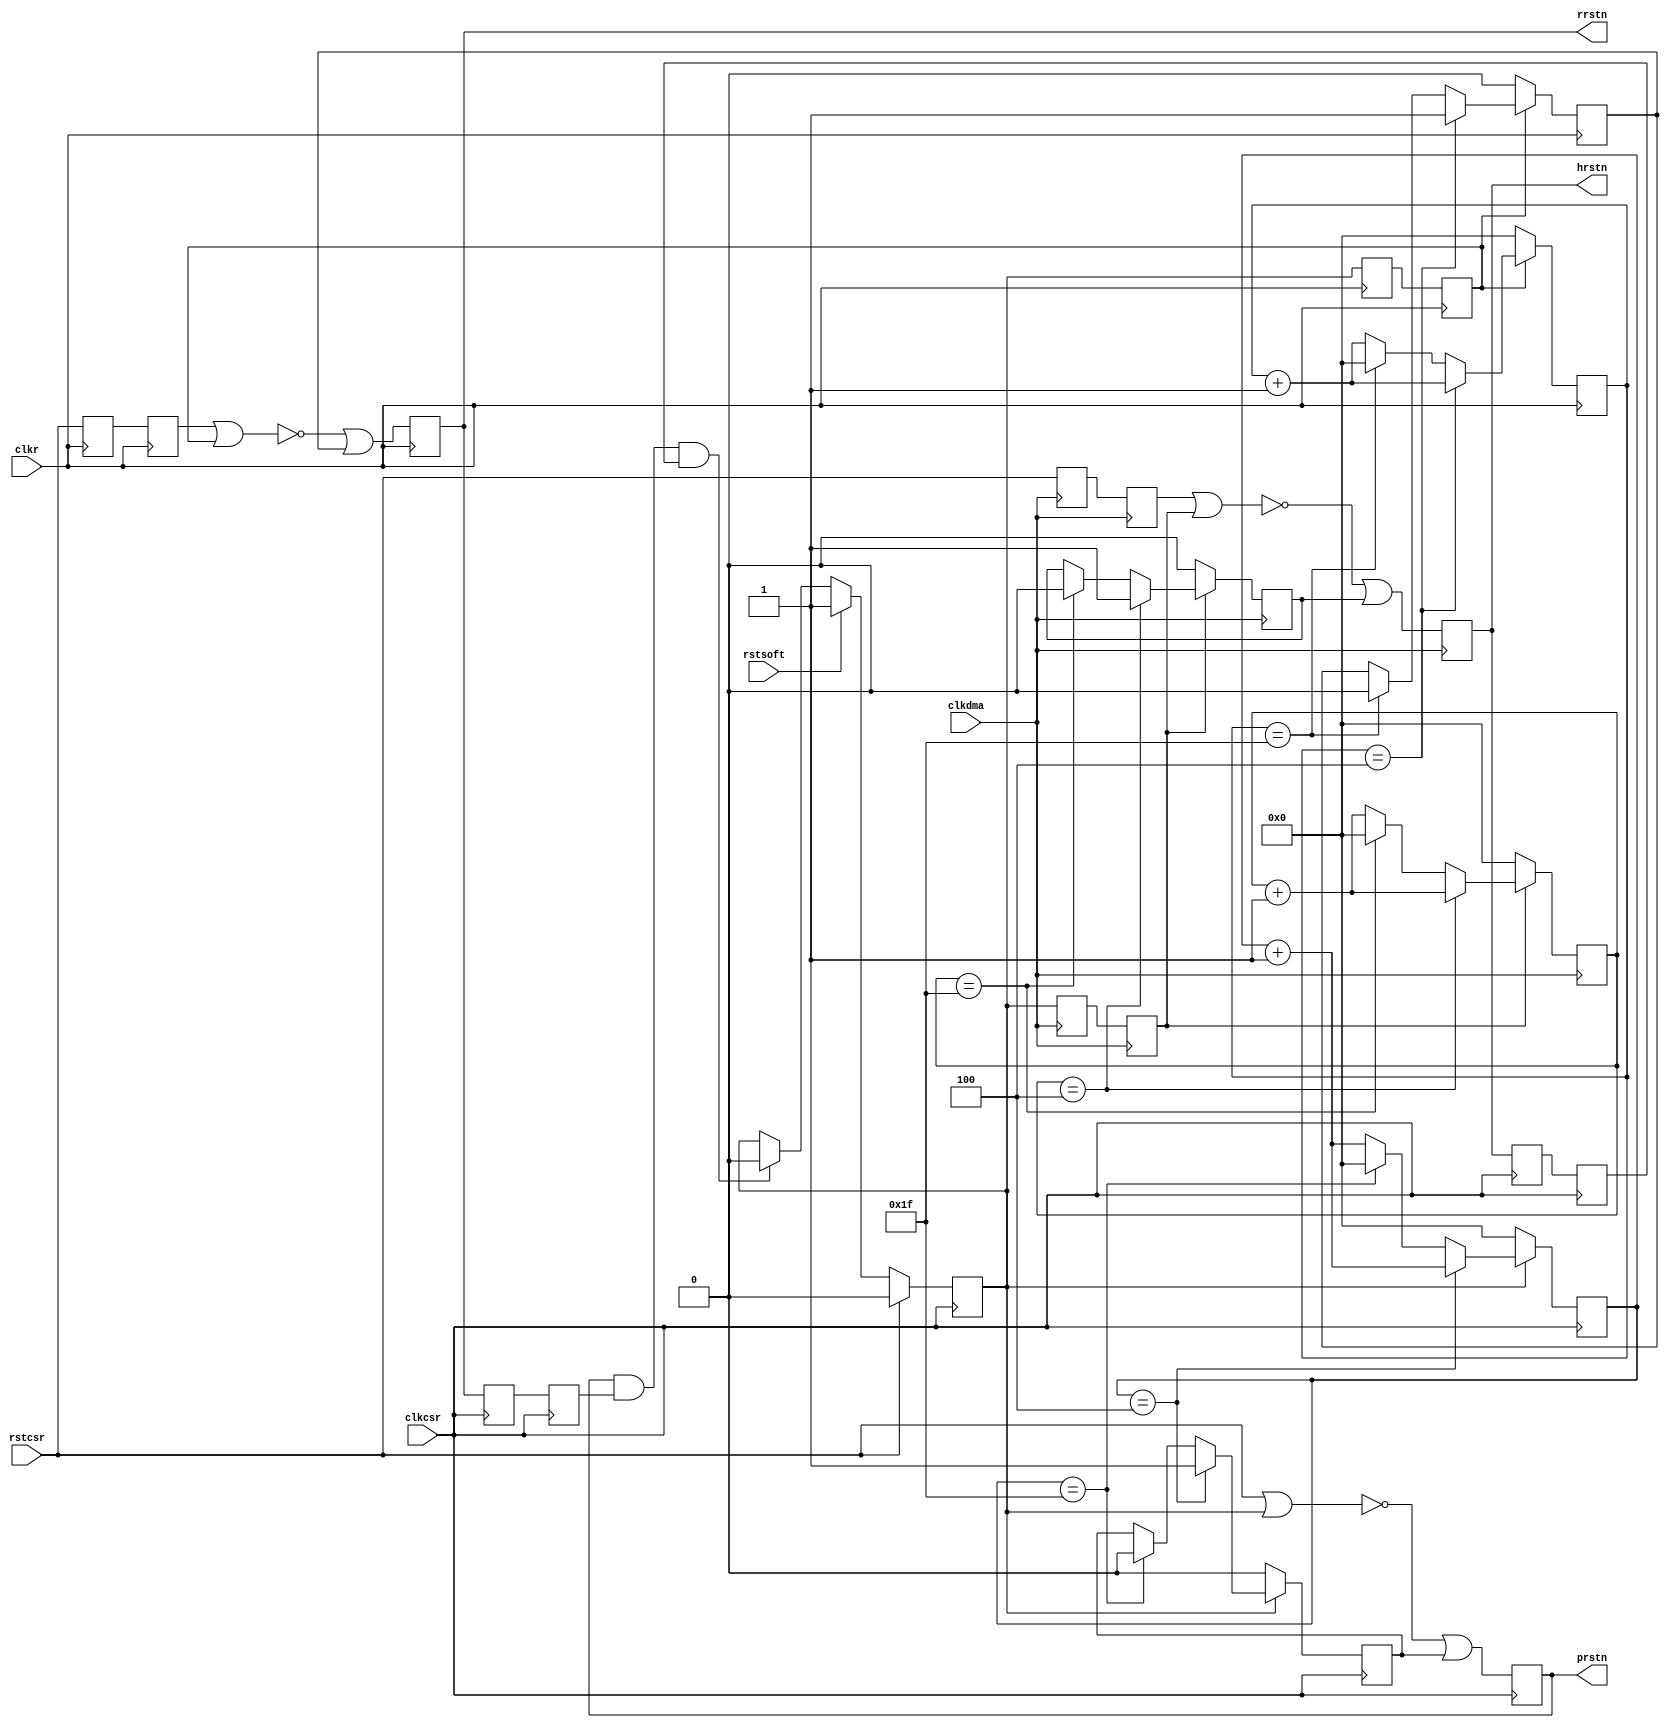
//
`timescale 1 ns / 100 ps
// ********************************************************************/ 
// Copyright 2013 Microsemi Corporation.  All rights reserved.
//
// ANY USE OR REDISTRIBUTION IN PART OR IN WHOLE MUST BE HANDLED IN 
// ACCORDANCE WITH THE ACTEL LICENSE AGREEMENT AND MUST BE APPROVED 
// IN ADVANCE IN WRITING.  
//  
// Description: Reset Controller
//                      
//
// Revision Information:
// Date     Description
// 18Oct07  Initial Release 
//
// SVN Revision Information:
// SVN $Revision: 6743 $
// SVN $Date $
//
// Resolved SARs
// SAR      Date     Who   Description
//
// Notes: 
//        
// *********************************************************************/
module RSTC (clkdma, clkcsr, clkr, rstcsr, rstsoft, hrstn, prstn, rrstn); 

    input clkdma; 
    input clkcsr; 
    input clkr; 
    input rstcsr; 
    input rstsoft; 
    output hrstn; 
    output prstn; 
    output rrstn; 

    // software reset registered in receive clock domain
    reg rstsoft_csr_syncr0 ;  
    reg rstsoft_csr_syncr ;  
    reg rstcsr_syncr0 ;  
    reg rstcsr_syncr ;  
    reg rrstn ; 
    // software reset registered in dma clock domain
    reg rstsoft_csr_syncdma0 ;  
    reg rstsoft_csr_syncdma ;  
    reg rstcsr_syncdma0 ;  
    reg rstcsr_syncdma ;  
    reg hrstn ; 
    // software reset registered in csr clock domain
    reg prstn ; 
    reg rstsoft_csr; 
    reg rrstn_sync0 ;  
    reg rrstn_sync ;  
    reg hrstn_sync0 ;  
    reg hrstn_sync ; 
    reg [4:0] count_csr; 
    reg [4:0] count_csrr; 
    reg [4:0] count_csrdma; 
    reg	rstcsr_en;
    reg	rstcsrr_en;
    reg	rstcsrdma_en;
    //===================================================================--
    //                         csr clock domain                          --
    //===================================================================--
    //-------------------------------------------------------------------
    // software reset registered in csr clock domain
    //-------------------------------------------------------------------
    always @(posedge clkcsr)
    begin : rstsoft_csr_reg_proc
        if (rstcsr == 1'b1)
        begin
            rstsoft_csr <= 1'b0 ; 
        end
        else
        begin
            // synchronous reset ----------------------
            if (rstsoft == 1'b1)
            begin
                rstsoft_csr <= 1'b1 ; 
            end
            else if (prstn == 1'b1 & rrstn_sync == 1'b1 & hrstn_sync == 1'b1)
            begin
                rstsoft_csr <= 1'b0 ; 
            end
        end  
    end // rstsoft_csr_reg_proc

    //-------------------------------------------------------------------
    // hardware/software reset registered in csr clock domain
    //-------------------------------------------------------------------
    always @(posedge clkcsr)
    begin : rstcsro_reg_proc
        prstn <= (~(rstcsr | rstsoft_csr) | rstcsr_en );  
	count_csr <= 0;
	rstcsr_en <= 1'b0;
	if (rstsoft_csr == 1'b1) 
         begin
           if (count_csr == 4) 
            begin
	      rstcsr_en <= 1'b1;
	      count_csr <= count_csr + 1;
	    end
           else if (count_csr == 5'b11111) 
            begin
	      count_csr <= 0;
	      rstcsr_en <= 1'b0;
	    end
	   else
            begin
	      count_csr <= count_csr + 1;
	      rstcsr_en <= rstcsr_en;
	    end
	 end
    end // rstcsro_reg_proc

    //-------------------------------------------------------------------
    // hardware/software reset registered in clkr clock domain
    //-------------------------------------------------------------------
    always @(posedge clkr)
    begin
        rstsoft_csr_syncr0 <= rstsoft_csr ;  
        rstsoft_csr_syncr <= rstsoft_csr_syncr0 ;  
        rstcsr_syncr0 <= rstcsr ;  
        rstcsr_syncr <= rstcsr_syncr0 ;  
        rrstn <= (~(rstcsr_syncr | rstsoft_csr_syncr) | rstcsrr_en );  
	count_csrr <= 0;
	rstcsrr_en <= 1'b0;
	if (rstsoft_csr_syncr == 1'b1) 
         begin
           if (count_csrr == 4) 
            begin
	      rstcsrr_en <= 1'b1;
	      count_csrr <= count_csrr + 1;
	    end
	  else if (count_csrr == 5'b11111) 
            begin
	      count_csrr <= 0;
	      rstcsrr_en <= 1'b0;
	    end
	   else
            begin
	      count_csrr <= count_csrr + 1;
	      rstcsrr_en <= rstcsrr_en;
	    end
	 end
    end // rstcsro_reg_proc

    //-------------------------------------------------------------------
    // hardware/software reset registered in dma clock domain
    //-------------------------------------------------------------------
    always @(posedge clkdma)
    begin 
        rstsoft_csr_syncdma0 <= rstsoft_csr ;  
        rstsoft_csr_syncdma <= rstsoft_csr_syncdma0 ;  
        rstcsr_syncdma0 <= rstcsr ;  
        rstcsr_syncdma <= rstcsr_syncdma0 ;  
        hrstn <= (~(rstcsr_syncdma | rstsoft_csr_syncdma) | rstcsrdma_en );  
	count_csrdma <= 0;
	rstcsrdma_en <= 1'b0;
	if (rstsoft_csr_syncdma == 1'b1) 
         begin
           if (count_csrdma == 4) 
            begin
 	      rstcsrdma_en <= 1'b1;
	      count_csrdma <= count_csrdma + 1;
	    end
           else if (count_csrdma == 5'b11111) 
            begin
	      count_csrdma <= 0;
	      rstcsrdma_en <= 1'b0;
	    end
	   else
            begin
	      count_csrdma <= count_csrdma + 1;
	      rstcsrdma_en <= rstcsrdma_en;

	    end
	 end
    end // rstcsro_reg_proc

    //===================================================================--
    //-------------------------------------------------------------------
    // Synchronization of different resets in pclk domain
    //-------------------------------------------------------------------
    always @(posedge clkcsr)
    begin : rstrc_reg_proc
        rrstn_sync0 <= rrstn ;  
        rrstn_sync <= rrstn_sync0 ;  
        hrstn_sync0 <= hrstn ;  
        hrstn_sync <= hrstn_sync0 ;  
    end // rstrc_rst_proc

endmodule